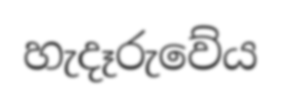
හැදෑරුවේය